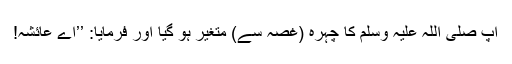
آپ صلی اللہ علیہ وسلم کا چہرہ (غصہ سے) متغیر ہو گیا اور فرمایا: ’’اے عائشہ!